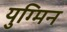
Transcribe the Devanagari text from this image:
युग्मिन